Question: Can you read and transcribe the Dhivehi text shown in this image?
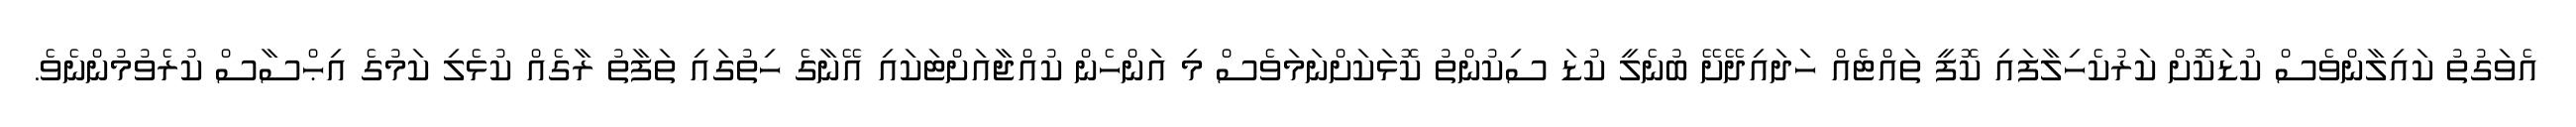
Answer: އެވަގުތު ކައިލާންވެސް ކުޑަކޮށް ކަރުކެހިލާފައި ކޮފީ ތައްޓެއް ހަދައިދޭށޭ ބުނެލީ ކުޑަ ސިކުންތު ކޮޅަކަށްނަމަވެސް މި އަންހެން ކުއްޖާއަށްޓަކައި އޭނާގެ ހިތުގައި ތަފާތު ރާގެއް ކުޅެލި ކަމުގެ އިޙްސާސް ކުރެވުމުންނެވެ.